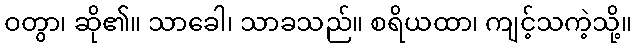
ဝတွာ၊ ဆို၏။ သာခေါ၊ သာခသည်။ စရိယထာ၊ ကျင့်သကဲ့သို့။